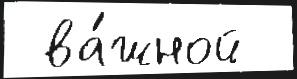
 ва́жной